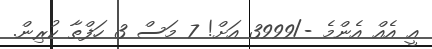
އީ އެއް އެންމެ -/3999 އަށް! 7 މަސް 3 ހަފްތާ ކުރިން.